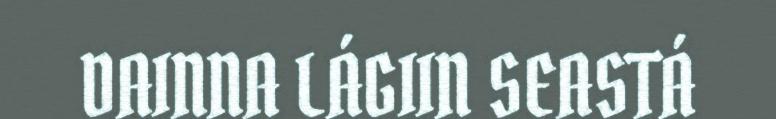
DAINNA LÁGIIN SEASTÁ